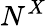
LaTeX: N^{X}